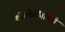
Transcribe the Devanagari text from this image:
शीतपेयेनिर्मिती